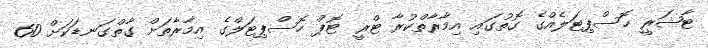
ޓާޝަރީ ހޮސްޕިޓަލެއްގެ ގޮތުގައި އިމާރާތްކުރާ ޓްރީ ޓޮޕް ހޮސްޕިޓަލްގެ އިމާރާތަށް ގާތްގަނޑަކަށް 60